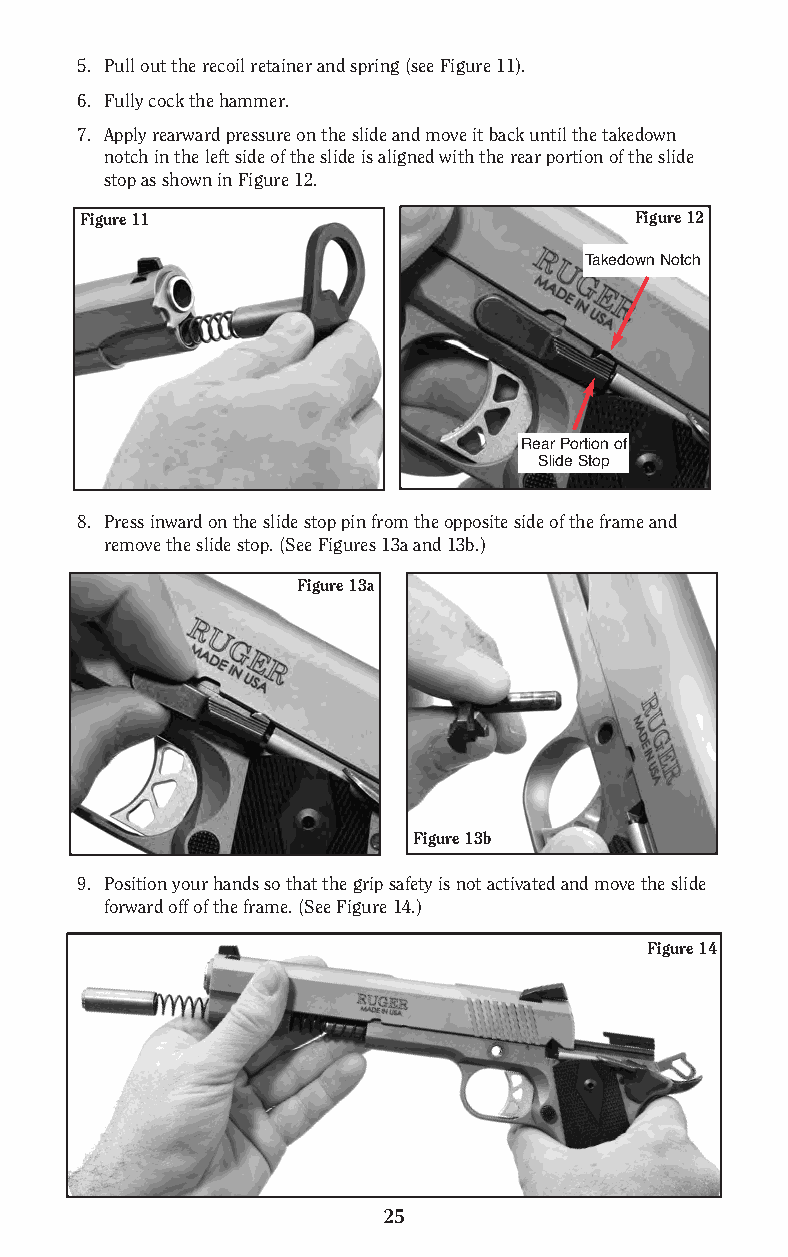
5. Pull out the recoil retainer and spring (see Figure 11).
 6. Fully cock the hammer.
 7. Apply rearward pressure on the slide and move it back until the takedown
 notch in the left side of the slide is aligned with the rear portion of the slide
 stop as shown in Figure 12.
 Figure 11                            Figure 12
 Takedown Notch
 Rear Portion of
 Slide Stop
 8. Press inward on the slide stop pin from the opposite side of the frame and
 remove the slide stop. (See Figures 13a and 13b.)
 Figure 13a
 Figure 13b
 9. Position your hands so that the grip safety is not activated and move the slide
 forward off of the frame. (See Figure 14.)
 Figure 14
 25